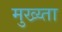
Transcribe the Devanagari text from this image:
मुख्य्ता